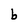
Character: b